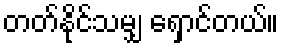
တတ်နိုင်သမျှ ရှောင်တယ်။